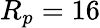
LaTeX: R_{p}=16